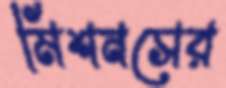
মিশনসের